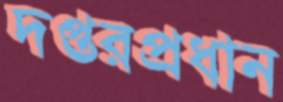
দপ্তরপ্রধান